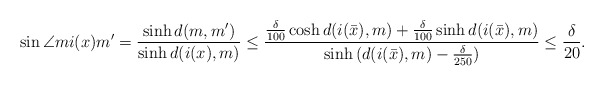
\begin{align*}\sin{\angle{mi(x)m'}} =\frac{\sinh{d(m,m')}}{\sinh{d(i(x),m)}} \leq \frac{\frac{\delta}{100}\cosh{d(i(\bar{x}),m)}+\frac{\delta}{100}\sinh{d(i(\bar{x}),m)}}{\sinh{(d(i(\bar{x}),m)-\frac{\delta}{250})}} \leq \frac{\delta}{20}.\end{align*}